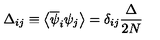
\Delta _ { i j } \equiv \left\langle \overline { { \psi } } _ { i } \psi _ { j } \right\rangle = \delta _ { i j } \frac { \Delta } { 2 N }